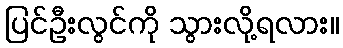
ပြင်ဦးလွင်ကို သွားလို့ရလား။